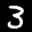
Label: 3